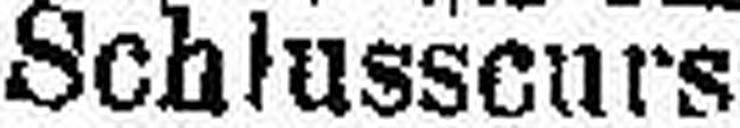
Schlusscurs